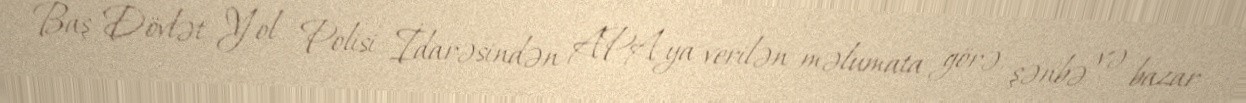
Baş Dövlət Yol Polisi İdarəsindən APA-ya verilən məlumata görə, şənbə və bazar